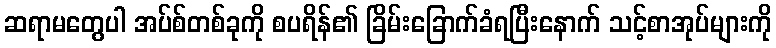
ဆရာမတွေပါ အပ်စ်တစ်ခုကို စပရိန်၏ ခြိမ်းခြောက်ခံရပြီးနောက် သင့်စာအုပ်များကို